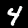
Label: 4